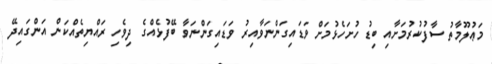
މަޢުލޫމާތު ސާފުކުރުމަށާއި ބިޑު ހުށަހެޅުމަށް ވަޑައިގަންނަވާއިރު ވަޑައިގަންނަވާ ބޭފުޅެއްގެ ދިވެހި ރައްޔިތެއްކަން އަންގައިދޭ